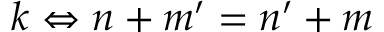
k \Leftrightarrow n + m ^ { \prime } = n ^ { \prime } + m